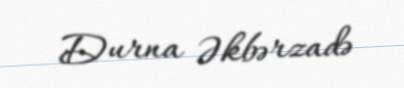
Durna Əkbərzadə